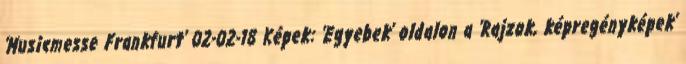
'Musicmesse Frankfurt' 02-02-18 Képek: 'Egyebek' oldalon a 'Rajzok, képregényképek'